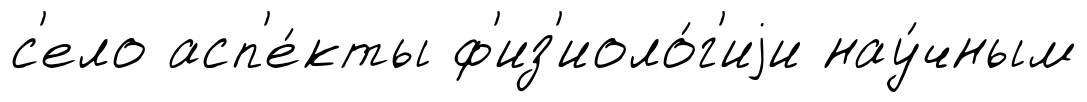
с'ело асп'е́кты ф'из'иоло́г'иjи нау́чным